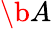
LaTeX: \b{A}